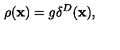
\rho ( { \bf x } ) = g \delta ^ { D } ( { \bf x } ) ,